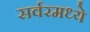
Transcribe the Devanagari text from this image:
सर्वरमध्ये